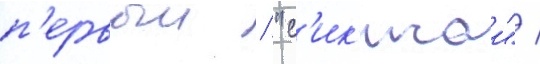
п'ервыи / "с'ик'исаи" /